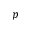
p